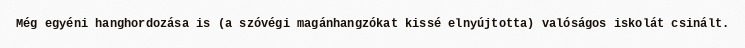
Még egyéni hanghordozása is (a szóvégi magánhangzókat kissé elnyújtotta) valóságos iskolát csinált.